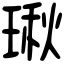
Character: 𤧐